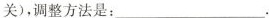
关)，调整方法是：___.